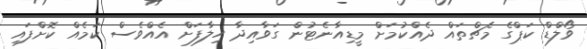
ވޯލްޑް ކަޕްގެ މެޗްތައް ދެއްކުމަށް މީޑިއާނެޓުން ގަވާއިދާ ހިލާފަށް އެއްވެސް ކަމެއް ކޮށްފައި